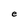
Character: e